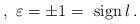
LaTeX: \begin{align*}\,,\,\,\varepsilon =\pm 1=\,{\rm \,sign\,}l\,. \end{align*}